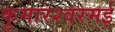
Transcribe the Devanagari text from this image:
कुमारश्‍वरमई